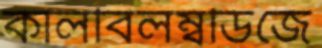
কালবিলম্বডিজে